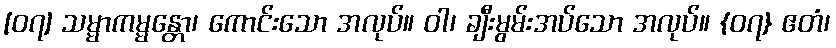
[၀၇] သမ္မာကမ္မန္တော၊ ကောင်းသော အလုပ်။ ဝါ၊ ချီးမွမ်းအပ်သော အလုပ်။ {၀၇} ဧတံ၊